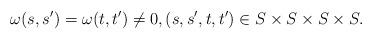
LaTeX: \begin{align*} \omega(s,s')=\omega(t,t')\neq 0, (s,s',t,t')\in S\times S\times S\times S. \end{align*}